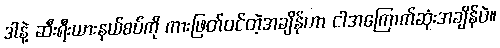
ဒါနဲ့ ဆီးရီးယားနယ်စပ်ကို ကားဖြတ်ဝင်တဲ့အချိန်ဟာ ငါအကြောက်ဆုံးအချိန်ပဲ။